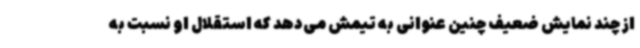
از چند نمایش ضعیف چنین عنوانی به تیمش می‌دهد که استقلال او نسبت به